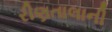
રીણતાલાની